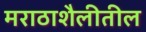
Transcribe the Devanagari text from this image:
मराठाशैलीतील